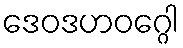
ဒေဝဒဟဝဂ္ဂေါ